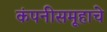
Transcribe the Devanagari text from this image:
कंपनीसमूहाचे